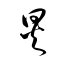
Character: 炅